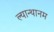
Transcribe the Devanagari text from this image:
ल्यान्थानम